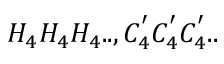
H _ { 4 } H _ { 4 } H _ { 4 } . . , C _ { 4 } ^ { ' } C _ { 4 } ^ { ' } C _ { 4 } ^ { ' } . .